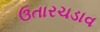
ઉતારચડાવ